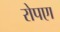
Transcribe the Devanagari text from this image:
रोपएा